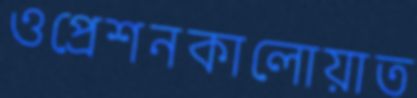
ওপ্রেশনকালোয়াত